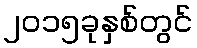
၂၀၁၅ခုနှစ်တွင်